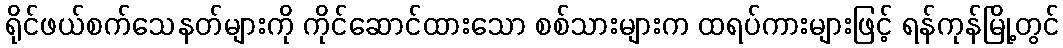
ရိုင်ဖယ်စက်သေနတ်များကို ကိုင်ဆောင်ထားသော စစ်သားများက ထရပ်ကားများဖြင့် ရန်ကုန်မြို့တွင်